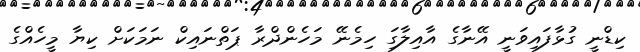
ކިޑްނީ ގުޅާފައިވަނީ އޭނާގެ އާއިލާގަި ހިމެނޭ މަހެންދްރާ ޕަތްނައިކް ނަމަކަށް ކިޔާ މީހެއްގެ